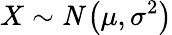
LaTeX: X\sim\mathit{N}\left(\mu,\sigma^{2}\right)